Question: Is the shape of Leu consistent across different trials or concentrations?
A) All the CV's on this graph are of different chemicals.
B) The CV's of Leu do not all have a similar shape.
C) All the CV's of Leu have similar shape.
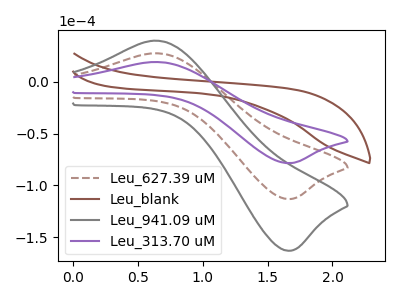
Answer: <think>The brown dashed curve "Leu_627.39 uM" has an anodic peak at (0.60V, 27.60uA) and a cathodic peak at (1.65V, -113.30uA). The brown curve "Leu_blank" has no peaks. The gray curve "Leu_941.09 uM" has an anodic peak at (0.60V, 55.15uA) and a cathodic peak at (1.65V, -226.65uA). The purple curve "Leu_313.70 uM" has an anodic peak at (0.60V, 19.15uA) and a cathodic peak at (1.65V, -78.65uA).
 "Leu_627.39 uM" and "Leu_blank" have a different number of peaks. All the peaks in "Leu_627.39 uM" have a peak in "Leu_941.09 uM" at the same potential. Every peak in "Leu_627.39 uM" is lower than every peak in "Leu_941.09 uM". All the peaks in "Leu_627.39 uM" have a peak in "Leu_313.70 uM" at the same potential. Every peak in "Leu_627.39 uM" is higher than every peak in "Leu_313.70 uM". "Leu_blank" and "Leu_941.09 uM" have a different number of peaks. "Leu_blank" and "Leu_313.70 uM" have a different number of peaks. All the peaks in "Leu_941.09 uM" have a peak in "Leu_313.70 uM" at the same potential. Every peak in "Leu_941.09 uM" is higher than every peak in "Leu_313.70 uM".</think>
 <answer>C) All the CV's of "Leu" have similar shape.</answer>
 <eval>C</eval>